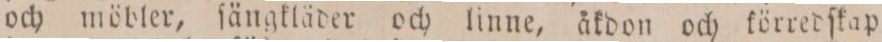
och möbler, ſängkläder och linne, åkdon och körredſkap